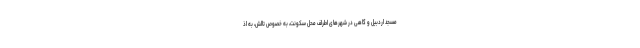
مسجد اردبیل و گاهی در شهرهای اطراف محل سکونت، به خصوص تالش، به اذ